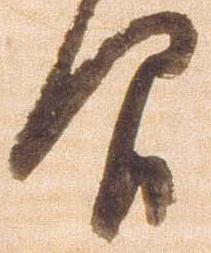
間